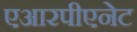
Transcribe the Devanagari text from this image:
एआरपीएनेट